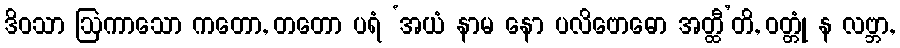
ဒိဝသာ ဩကာသော ကတော, တတော ပရံ ‘အယံ နာမ နော ပလိဗောဓော အတ္ထီ’တိ, ဝတ္တုံ န လဗ္ဘာ,